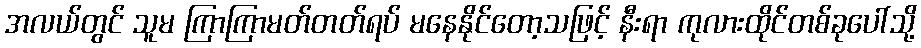
အလယ်တွင် သူမ ကြာကြာမတ်တတ်ရပ် မနေနိုင်တော့သဖြင့် နီးရာ ကုလားထိုင်တစ်ခုပေါ်သို့